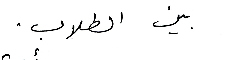
بين الطلاب .